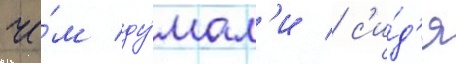
че́м ду́мал'и / с'и́д'я